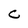
Character: C